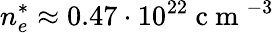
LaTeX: n_{e}^{*}\approx 0.47\cdot 10^{22}\mathrm{~c~m~}^{-3}